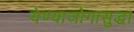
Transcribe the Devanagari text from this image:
येण्याजोगासुद्धा